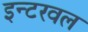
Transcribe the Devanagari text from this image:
इन्टरवल